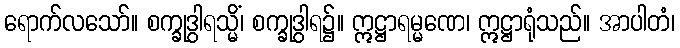
ရောက်လသော်။ စက္ခုဒွါရသ္မိံ၊ စက္ခုဒွါရ၌။ ဣဋ္ဌာရမ္မဏေ၊ ဣဋ္ဌာရုံသည်။ အာပါတံ၊